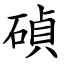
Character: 碵